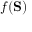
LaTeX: f ( \mathbf { S } )